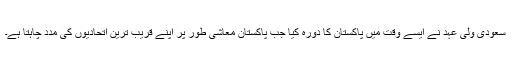
سعودی ولی عہد نے ایسے وقت میں پاکستان کا دورہ کیا جب پاکستان معاشی طور پر اپنے قریب ترین اتحادیوں کی مدد چاہتا ہے۔